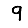
Digit: 9